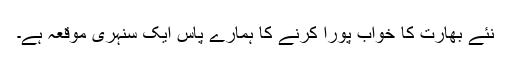
نئے بھارت کا خواب پورا کرنے کا ہمارے پاس ایک سنہری موقعہ ہے۔